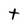
Character: t